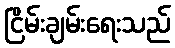
ငြိမ်းချမ်းရေးသည်